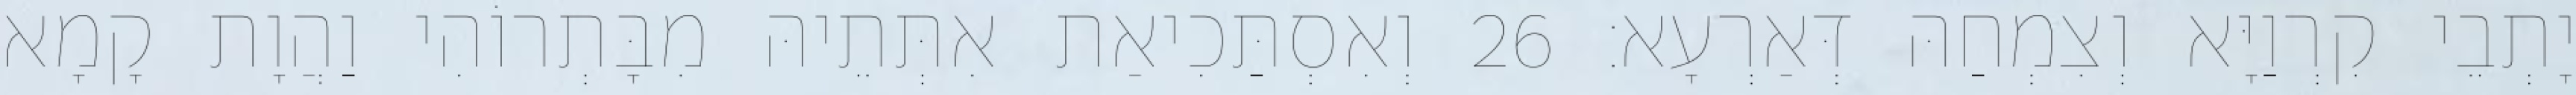
יָתְבֵי קִרְוַיָּא וְצִמְחַהּ דְּאַרְעָא׃ 26 וְאִסְתַּכִיאַת אִתְּתֵיהּ מִבָּתְרוֹהִי וַהֲוָת קָמָא